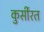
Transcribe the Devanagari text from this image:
कुर्सीरत